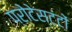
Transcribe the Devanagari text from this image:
प्रोटेस्टंटों